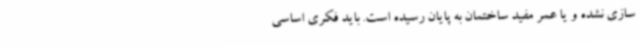
سازی نشده و یا عمر مفید ساختمان به پایان رسیده است. باید فکری اساسی